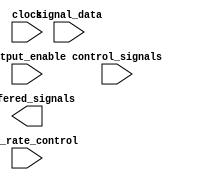
module lvcmos_buffer (
  input signal_data,
  input clock,
  input control_signals,
  output buffered_signals,
  input output_enable,
  input slew_rate_control
);

  // Verilog code for LVCMOS buffer design goes here

endmodule